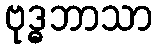
ဗုဒ္ဓဘာသာ